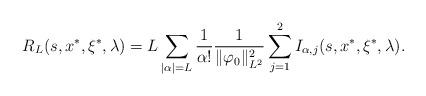
LaTeX: \begin{align*} R_{L}(s,x^*,\xi ^*,\lambda ) =L \sum_{|\alpha |=L}\frac{1}{\alpha !}\frac{1}{\Vert \varphi_0\Vert_{L^2}^2}\sum_{j=1}^{2} I_{\alpha,j} (s,x^*, \xi^*, \lambda ). \end{align*}